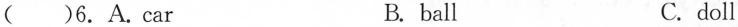
( )6.A.Car B. ball C.doll